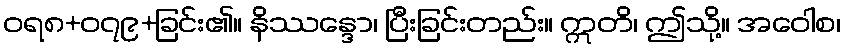
ဝရ၈+၀၇၉+ခြင်း၏။ နိဿန္ဒော၊ ပြီးခြင်းတည်း။ ဣတိ၊ ဤသို့။ အဝေါစ၊